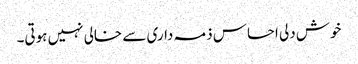
خوش دلی احساس ذمہ داری سے خالی نہیں ہوتی۔